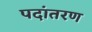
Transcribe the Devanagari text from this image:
पदांतरण